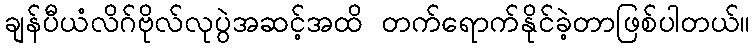
ချန်ပီယံလိဂ်ဗိုလ်လုပွဲအဆင့်အထိ တက်ရောက်နိုင်ခဲ့တာဖြစ်ပါတယ်။